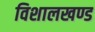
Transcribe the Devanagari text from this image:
विशालखण्ड